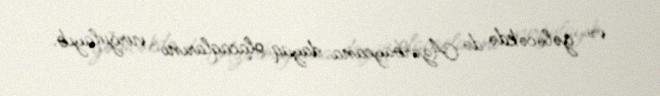
və gələcəkdə də Azərbaycana dayaq olacaqlarını vurğulayıb.